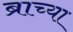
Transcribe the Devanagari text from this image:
ब्राच्या